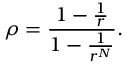
\rho = \frac { 1 - \frac { 1 } { r } } { 1 - \frac { 1 } { r ^ { N } } } .